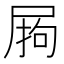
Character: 𭕣